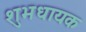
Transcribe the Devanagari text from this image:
शुभधायक